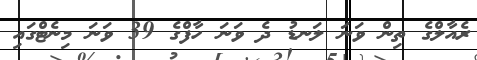
ރެއާލްގެ ތިން ވަނަ ލަނޑު ދެ ވަނަ ހާފްގެ 39 ވަނަ މިނެޓްގައި